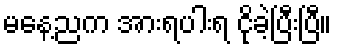
မနေ့ညက အားရပါးရ ငိုခဲ့ပြီးပြီ။